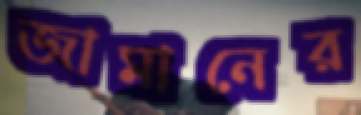
জামানের